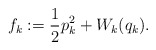
\begin{align*}f_k:=\frac{1}{2} p_k^2+W_k(q_k) .\end{align*}